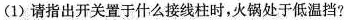
(1)请指出开关置于什么接线柱时，火锅处于低温挡?